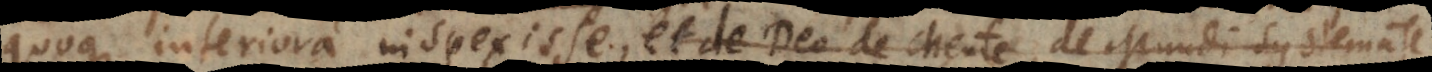
quoque interiora inspexisse, et de Deo de Mente, de Mundi Systemate